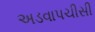
અડવાપચીસી